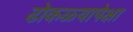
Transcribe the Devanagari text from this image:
ढोकळ्यापेक्षा